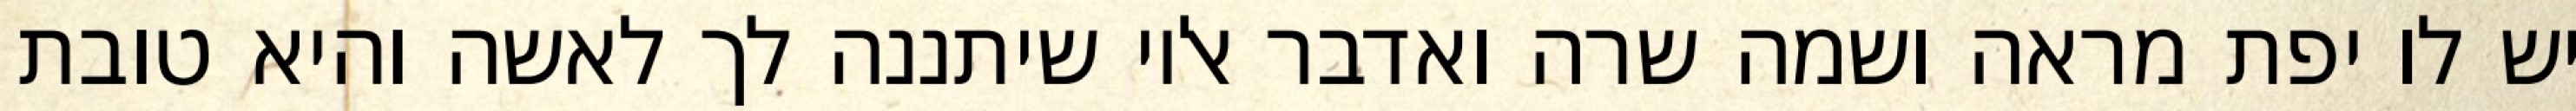
יש לו יפת מראה ושמה שרה ואדבר אליו שיתננה לך לאשה והיא טובת